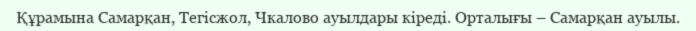
Құрамына Самарқан, Тегісжол, Чкалово ауылдары кіреді. Орталығы – Самарқан ауылы.